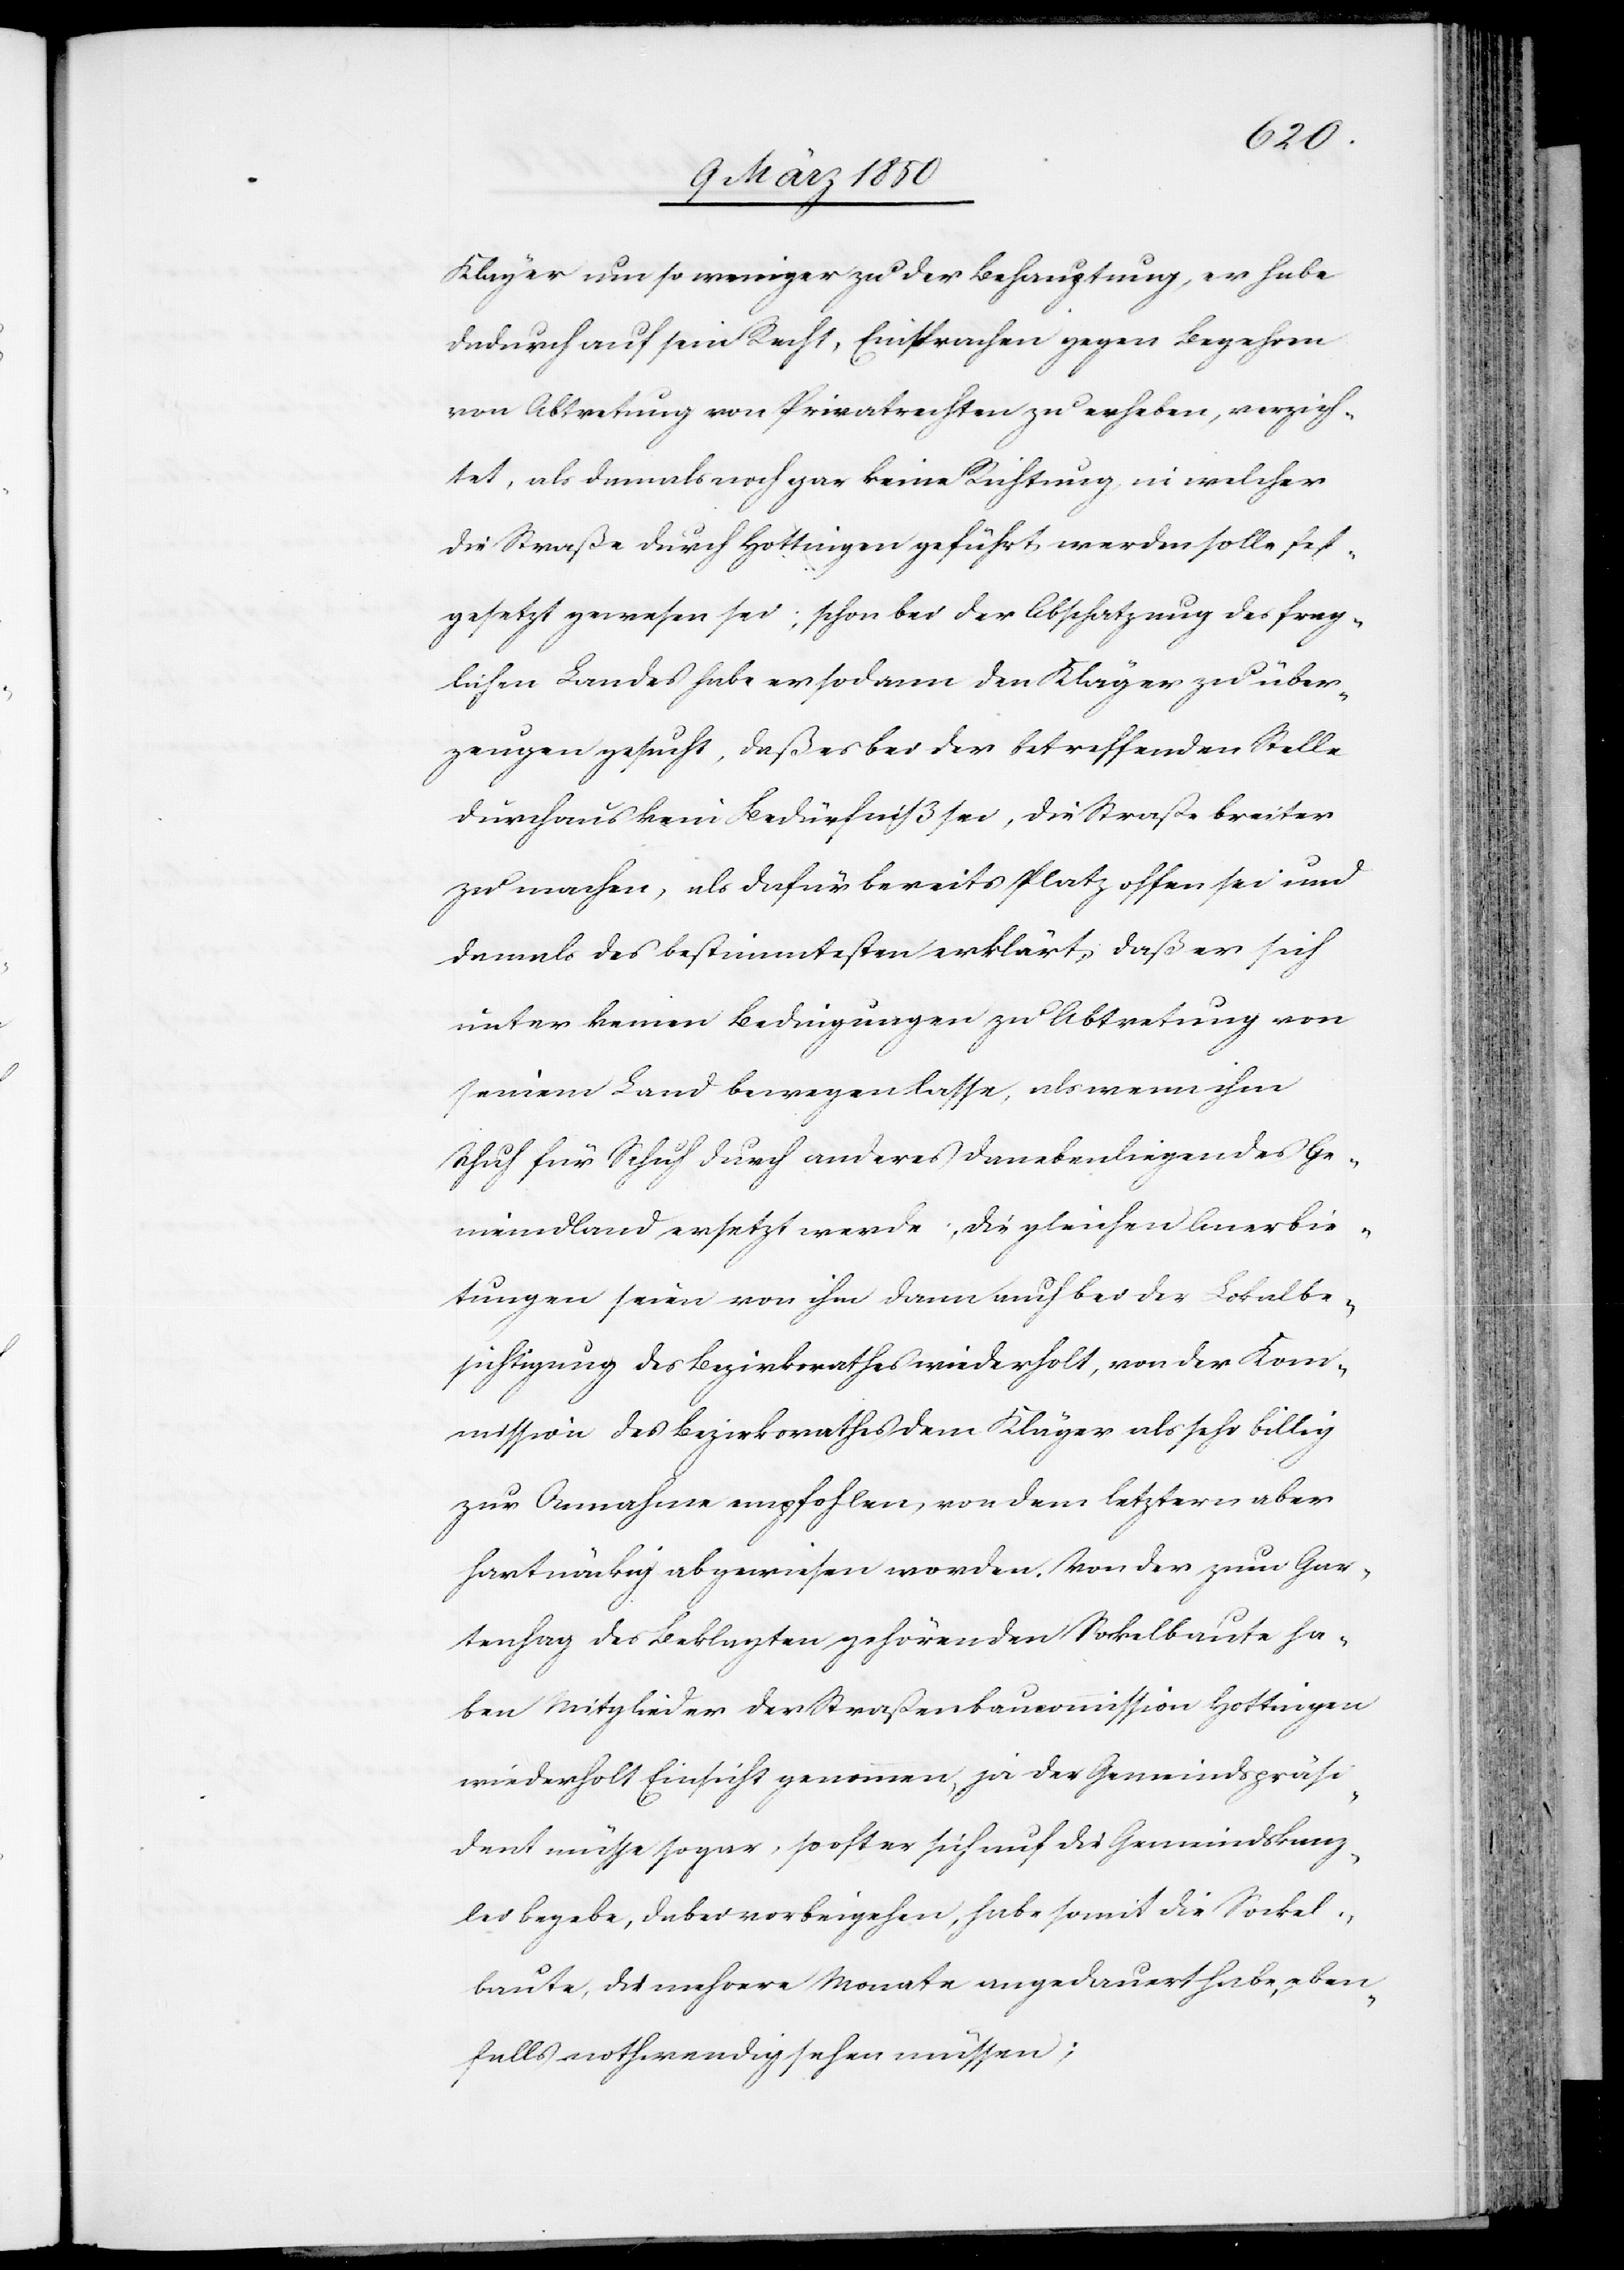
Kläger um so weniger zu der Behauptung, er habe
dadurch auf sein Recht, Einsprachen gegen Begehren
von Abtretung von Privatrechten zu erheben, verzich¬
tet, als damals noch gar keine Richtung in welcher
die Straße durch Hottingen geführt werden solle fest¬
gesetzt gewesen sei; schon bei der Abschatzung des frag¬
lichen Landes habe er sodann den Kläger zu über¬
zeugen gesucht, daß es bei der betreffenden Stelle
durchaus kein Bedürfniß sei, die Straße breiter
zu machen, als dafür bereits Platz offen sei und
damals des bestimmtesten erklärt, daß er sich
unter keinen Bedingungen zu Abtretung von
seinem Land bewegen lasse, als wenn ihm
Schuh für Schuh durch anderes danebenliegendes Ge¬
meindland ersetzt werde; die gleichen Anerbie¬
tungen seien von ihm dann auch bei der Lokalbe¬
sichtigung des Bezirksrathes wiederholt, von der Kom¬
mission des Bezirksrathes dem Kläger als sehr billig
zur Annahme empfohlen, von dem letztern aber
hartnäckig abgewiesen worden. Von der zum Gar¬
tenhag des Beklagten gehörenden Sockelbaute ha¬
ben Mitglieder der Straßenbaucommission Hottingen
wiederholt Einsicht genommen, ja der Gemeindspräsi¬
dent müsse sogar, sooft er sich auf die Gemeindskanz¬
lei begebe, dabei vorbeigehen, habe somit die Sockel¬
baute, die mehrere Monate angedauert habe, eben¬
falls nothwendig sehen müssen;